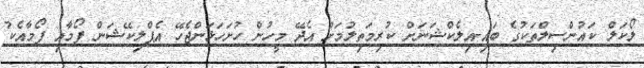
ލޯކަލް ކައުންސިލްތަކުގެ ބައި-އިލެކްޝަނަށް ކުރިމަތިލުމަށް އެދޭ މީހުން ހުށަހަޅަންޖެހޭ އެޕްލިކޭޝަން ފޯމާއި ފޯމާއެކު